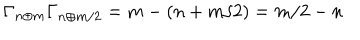
\Gamma _ { n \oplus m } \Gamma _ { n \oplus m / 2 } = m - ( n + m / 2 ) = m / 2 - n